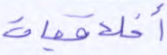
أخلاقيات